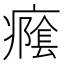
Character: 𭼭